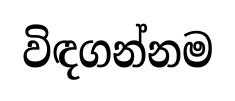
විඳගන්නම